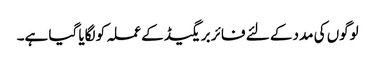
لوگوں کی مدد کے لئے فائر بریگیڈ کے عملہ کو لگایا گیا ہے۔